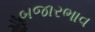
બજારભાવ